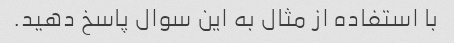
با استفاده از مثال به این سوال پاسخ دهید.